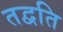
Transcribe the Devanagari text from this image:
तद्वति